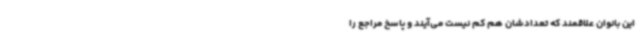
این بانوان علاقمند که تعدادشان هم کم نیست می‌آیند و پاسخ مراجع را